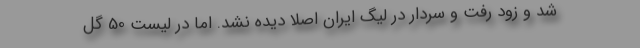
شد و زود رفت و سردار در لیگ ایران اصلاً دیده نشد. اما در لیست 50 گل‌